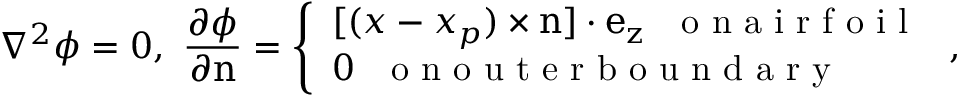
\nabla ^ { 2 } \phi = 0 , ~ \frac { \partial \phi } { \partial \boldsymbol { \mathrm { n } } } = \left\{ \begin{array} { l l } { [ ( \boldsymbol { x } - \boldsymbol { x _ { p } } ) \times \boldsymbol { \mathrm { n } } ] \cdot \boldsymbol { \mathrm { e _ { z } } } ~ ~ \mathrm { ~ o ~ n ~ a ~ i ~ r ~ f ~ o ~ i ~ l ~ } } \\ { 0 ~ ~ \mathrm { ~ o ~ n ~ o ~ u ~ t ~ e ~ r ~ b ~ o ~ u ~ n ~ d ~ a ~ r ~ y ~ } } \end{array} \right. ,